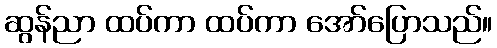
ဆွန်ညာ ထပ်ကာ ထပ်ကာ အော်ပြောသည်။